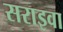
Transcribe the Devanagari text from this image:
सराइवा